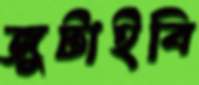
জুটাইবি